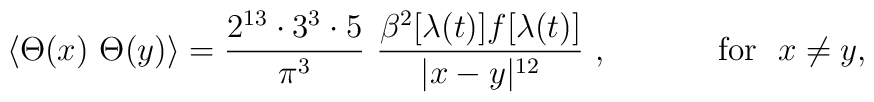
\langle \Theta (x)\ \Theta (y)\rangle ={\frac{2^{13}\cdot 3^3\cdot 5}{\pi ^{3}}}\,\,\frac{\beta^{2}[\lambda (t)]f[\lambda (t)]}{|x-y|^{12}}~,~~~~~~~~~~{\rm for}~~x\neq y,